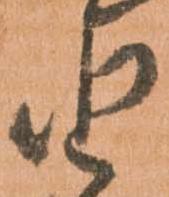
由